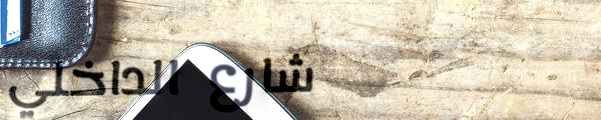
شارع الداخلي